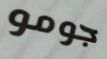
جومو